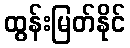
ထွန်းမြတ်နိုင်